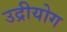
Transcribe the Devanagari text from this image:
उद्रीयोग